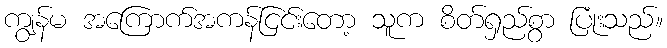
ကျွန်မ အကြောက်အကန်ငြင်းတော့ သူက စိတ်ရှည်စွာ ပြုံးသည်။